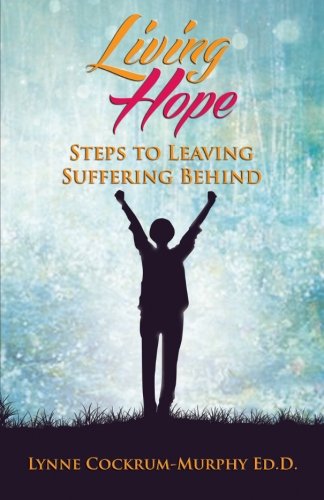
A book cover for Living Hope: Steps to Leaving Suffering Behind; Lynne Cockrum-Murphy; Health, Fitness & Dieting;